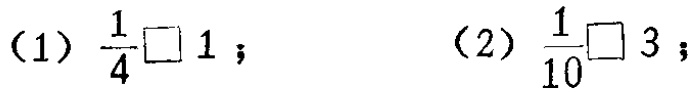
(1) $\frac{1}{4}\square 1$； (2) $\frac{1}{10}\square 3$；